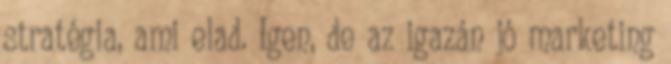
stratégia, ami elad. Igen, de az igazán jó marketing